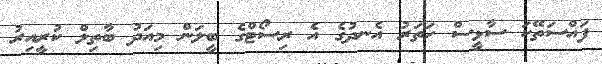
ފައްސަތޭކަ ސާޅީސް ހަތަރު އެނދުގެ އެ ރިސޯޓްގެ ބީލަން މިއަދު ބާތިލް ކުރީއިރު